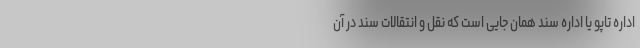
اداره تاپو یا اداره سند همان جایی است که نقل و انتقالات سند در آن